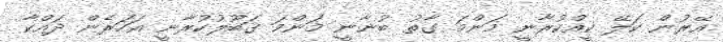
އޭރުން ކަލޭ ކީއްކުރާނީ މަންމަ ގާތު ބުނާނީ މަންމަ ޤަބޫލުކުރާނީ އަހަރެން ދައްކާ